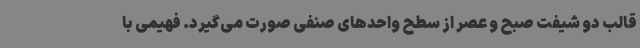
قالب دو شیفت صبح و عصر از سطح واحدهای صنفی صورت می‌گیرد. فهیمی با